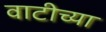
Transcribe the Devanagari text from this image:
वाटीच्या